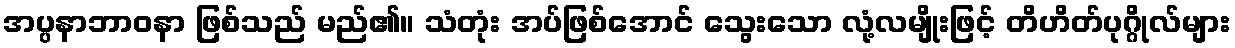
အပ္ပနာဘာဝနာ ဖြစ်သည် မည်၏။ သံတုံး အပ်ဖြစ်အောင် သွေးသော လုံ့လမျိုးဖြင့် တိဟိတ်ပုဂ္ဂိုလ်များ